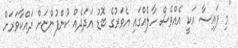
"މި ފައިސާ އަކީ އެއްވެސް ހާލެއްގައި އެވަރުގެ ބޮޑު އަދަދެއް ކުންފުންޏަށް ދައްކާވަރަށް